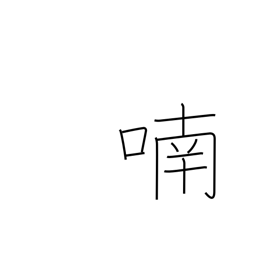
Meaning: chatter